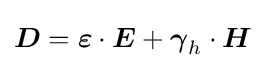
{\boldsymbol {D}}={\boldsymbol {\varepsilon }}\cdot {\boldsymbol {E}}+{\boldsymbol {\gamma }}_{h}\cdot {\boldsymbol {H}}